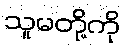
သူမတို့ကို